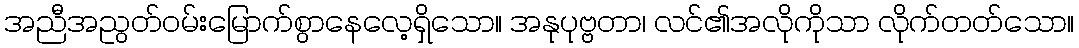
အညီအညွတ်ဝမ်းမြောက်စွာနေလေ့ရှိသော။ အနုပုဗ္ဗတာ၊ လင်၏အလိုကိုသာ လိုက်တတ်သော။